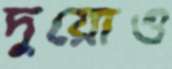
দুয়োও